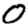
Digit: 0